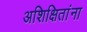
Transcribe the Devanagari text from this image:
अशिक्षितांना